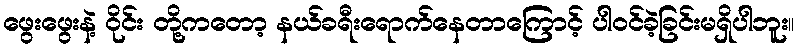
ဖွေးဖွေးနဲ့ ဝိုင်း တို့ကတော့ နယ်ခရီးရောက်နေတာကြောင့် ပါဝင်ခဲ့ခြင်းမရှိပါဘူး။